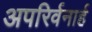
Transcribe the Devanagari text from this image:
अपरिर्वनार्ह